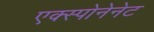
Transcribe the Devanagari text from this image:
एक्स्पोनेनेट